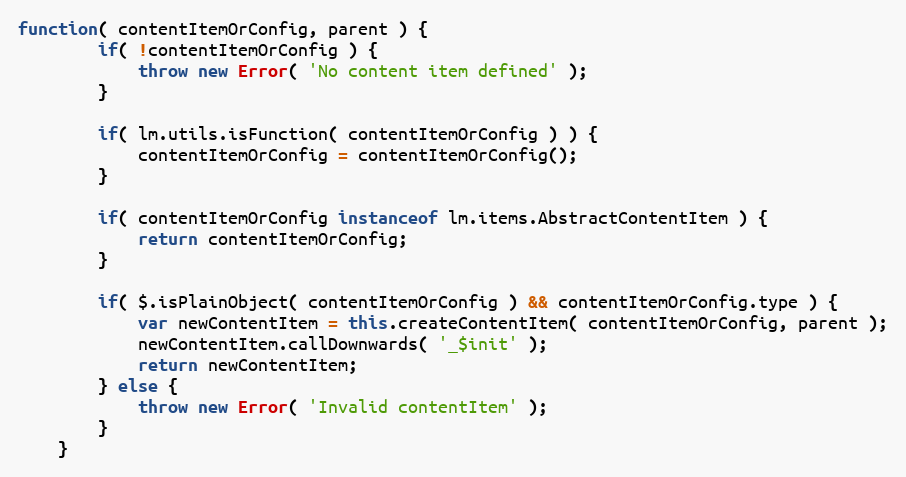
Language: JavaScript
function( contentItemOrConfig, parent ) {
		if( !contentItemOrConfig ) {
			throw new Error( 'No content item defined' );
		}

		if( lm.utils.isFunction( contentItemOrConfig ) ) {
			contentItemOrConfig = contentItemOrConfig();
		}

		if( contentItemOrConfig instanceof lm.items.AbstractContentItem ) {
			return contentItemOrConfig;
		}

		if( $.isPlainObject( contentItemOrConfig ) && contentItemOrConfig.type ) {
			var newContentItem = this.createContentItem( contentItemOrConfig, parent );
			newContentItem.callDownwards( '_$init' );
			return newContentItem;
		} else {
			throw new Error( 'Invalid contentItem' );
		}
	}